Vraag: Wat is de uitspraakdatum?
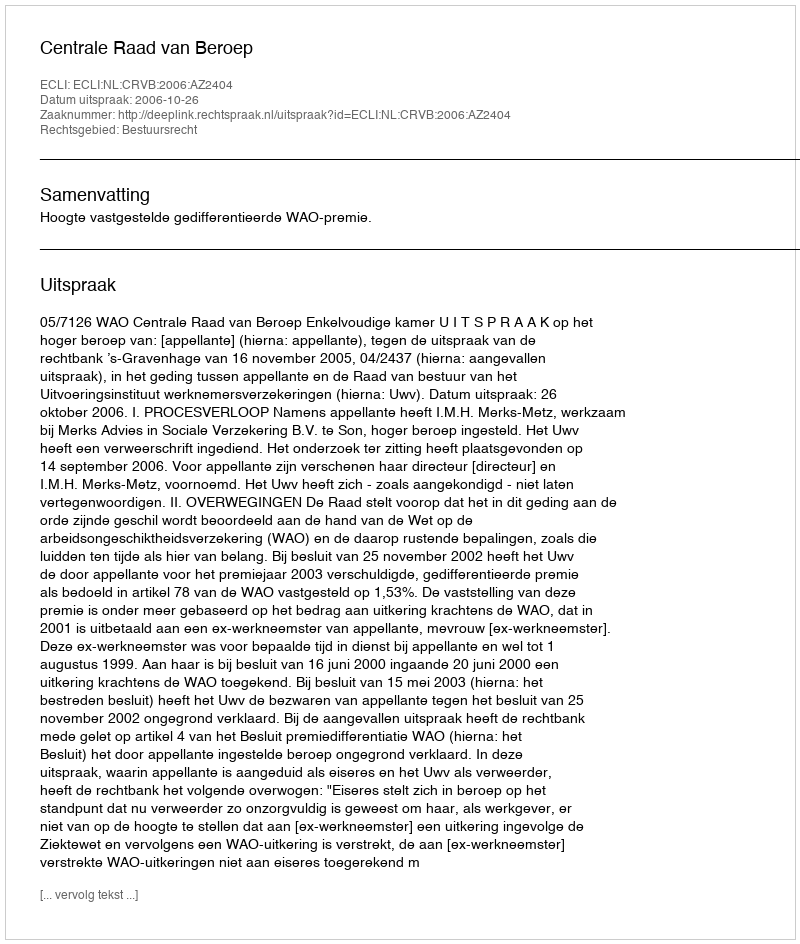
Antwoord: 2006-10-26